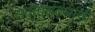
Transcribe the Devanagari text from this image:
सत्तासंबंधांशी